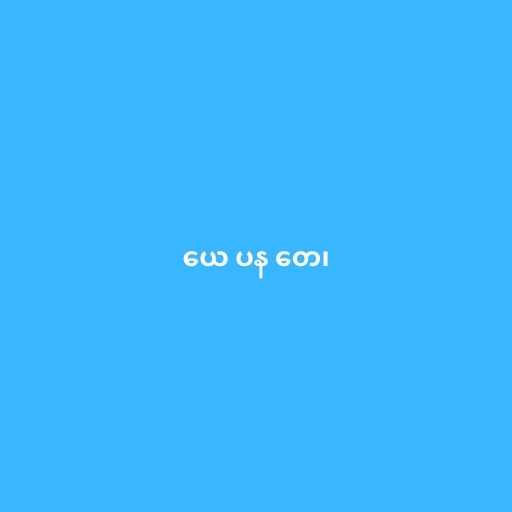
ယေ ပန တေ၊